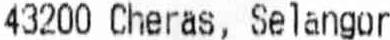
43200 CHERAS, SELANGOR